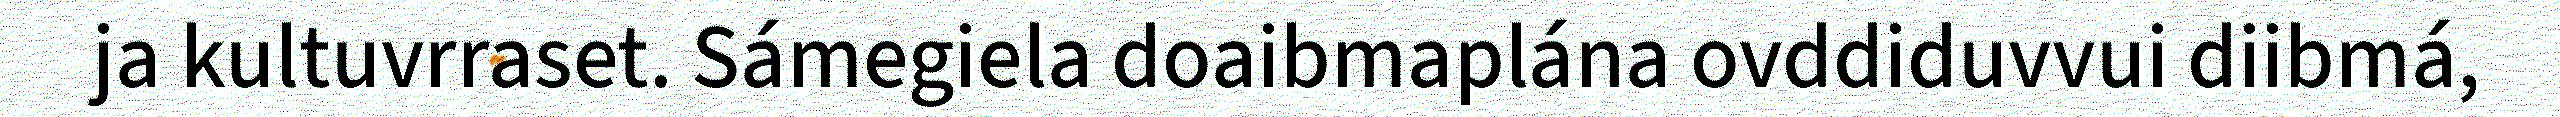
ja kultuvrraset. Sámegiela doaibmaplána ovddiduvvui diibmá,